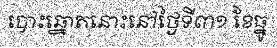
បោះឆ្នោតនោះនៅថ្ងៃទី៣១ ខែធ្នូ